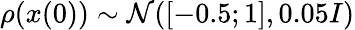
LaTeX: \rho(x(0))\sim\mathcal{N}([-0.5;1],0.05I)